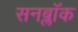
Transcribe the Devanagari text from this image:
सनब्लॉक